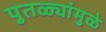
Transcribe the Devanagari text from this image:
पुतळ्यांमुळे